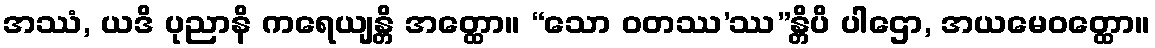
အဿံ, ယဒိ ပုညာနိ ကရေယျန္တိ အတ္ထော။ “သော ဝတဿ’ဿ”န္တိပိ ပါဌော, အယမေဝတ္ထော။